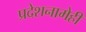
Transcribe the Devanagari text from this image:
प्रदेशनामेही